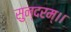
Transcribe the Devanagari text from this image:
सुन्दरम्।।